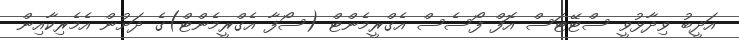
އަދީބު ވިދާޅުވީ ސްޓޭޓަސް އޮފް ފޯސެސް އެގްރީމެންޓް (ސޯފާ އެގްރީމެންޓް)ގެ ދަށުން އެމެރިކާއިން